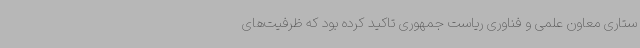
ستاری معاون علمی و فناوری ریاست جمهوری تاکید کرده بود که ظرفیت‌های